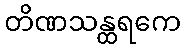
တိဏသန္ထရကေ